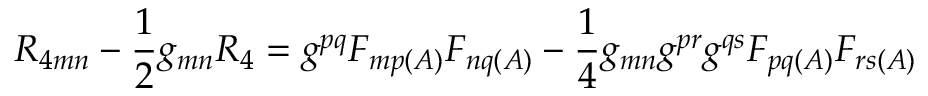
R _ { 4 m n } - \frac { 1 } { 2 } g _ { m n } R _ { 4 } = g ^ { p q } F _ { m p ( A ) } F _ { n q ( A ) } - \frac { 1 } { 4 } g _ { m n } g ^ { p r } g ^ { q s } F _ { p q ( A ) } F _ { r s ( A ) }